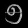
Digit: ၅